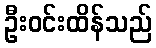
ဦးဝင်းထိန်သည်